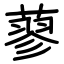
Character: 蓼